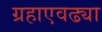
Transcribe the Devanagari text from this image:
ग्रहाएवढ्या